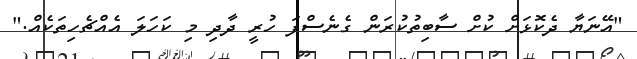
"އޭނަޔާ ދެކޮޅަށް ކުށް ސާބިތުކުރަން ގެނެސްފަ ހުރީ ދާދި މި ކަހަލަ އެއްޗެހިތަކެއް."